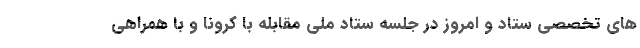
های تخصصی ستاد و امروز در جلسه ستاد ملی مقابله با کرونا و با همراهی